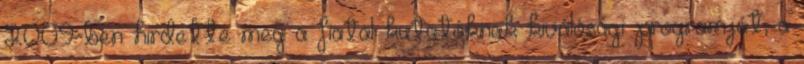
2009-ben hirdette meg a fiatal kutatóknak kiválósági programját, a